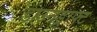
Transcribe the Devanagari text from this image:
डाउनड्राफ्ट